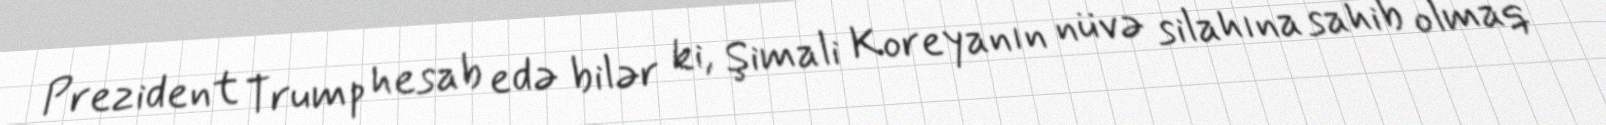
Prezident Trump hesab edə bilər ki, Şimali Koreyanın nüvə silahına sahib olmaq